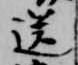
送